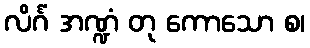
လိင်္ဂံ အဏ္ဍံ တု ကောသော စ၊